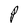
Character: P